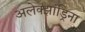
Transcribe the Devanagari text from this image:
अलेक्झांड्रिना